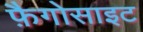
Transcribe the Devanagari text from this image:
फ़ैगोसाइट